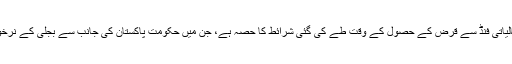
ناقدین کا ماننا ہے کہ بجلی کے نرخوں میں مسلسل اضافہ عالمی مالیاتی فنڈ سے قرض کے حصول کے وقت طے کی گئی شرائط کا حصہ ہے، جن میں حکومتِ پاکستان کی جانب سے بجلی کے نرخوں کی مد میں دی جانے والی رعایت کو بتدریج کم کرنا شامل ہے۔